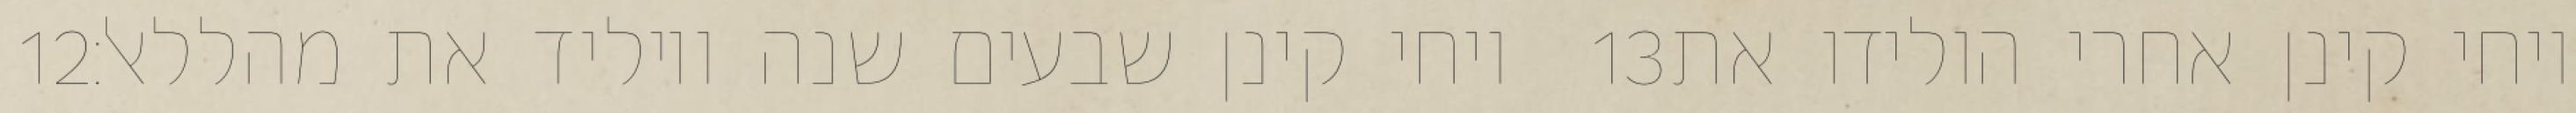
‎12‏ ויחי קינן שבעים שנה ויוליד את מהללאל׃ ‎13‏ ויחי קינן אחרי הולידו את